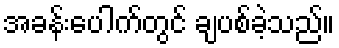
အခန်းပေါက်တွင် ချပစ်ခဲ့သည်။